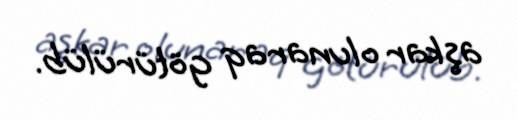
aşkar olunaraq götürülüb.